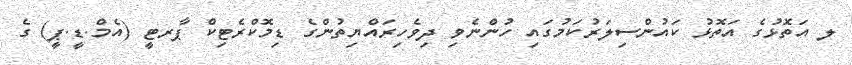
ލ އަތޮޅުގެ އަތޮޅު ކައުންސިލަރުކަމުގައި ހުންނެވި ދިވެހިރައްޔިތުންގެ ޑިމޮކްރެޓިކް ޕާރޓީ (އެމް.ޑީ.ޕީ) ގެ